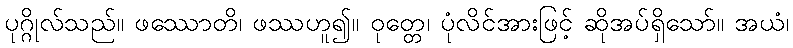
ပုဂ္ဂိုလ်သည်။ ဖဿောတိ၊ ဖဿဟူ၍။ ဝုတ္တေ၊ ပုံလိင်အားဖြင့် ဆိုအပ်ရှိသော်။ အယံ၊